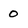
Character: 0